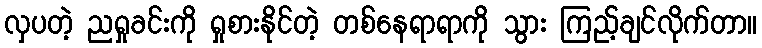
လှပတဲ့ ညရှုခင်းကို ရှုစားနိုင်တဲ့ တစ်နေရာရာကို သွား ကြည့်ချင်လိုက်တာ။